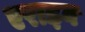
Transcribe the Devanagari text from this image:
एराइव